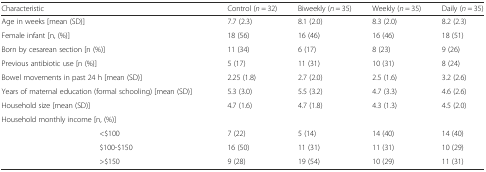
<table><thead><tr><td colspan="2"><b>Characteristic</b></td><td><b>Control (<i>n</i> = 32)</b></td><td><b>Biweekly (<i>n</i> = 35)</b></td><td><b>Weekly (<i>n</i> = 35)</b></td><td><b>Daily (<i>n</i> = 35)</b></td></tr></thead><tbody><tr><td colspan="2">Age in weeks [mean (SD)]</td><td>7.7 (2.3)</td><td>8.1 (2.0)</td><td>8.3 (2.0)</td><td>8.2 (2.3)</td></tr><tr><td colspan="2">Female infant [n, (%)]</td><td>18 (56)</td><td>16 (46)</td><td>16 (46)</td><td>18 (51)</td></tr><tr><td colspan="2">Born by cesarean section [n (%)]</td><td>11 (34)</td><td>6 (17)</td><td>8 (23)</td><td>9 (26)</td></tr><tr><td colspan="2">Previous antibiotic use [n (%)]</td><td>5 (17)</td><td>11 (31)</td><td>10 (31)</td><td>8 (24)</td></tr><tr><td colspan="2">Bowel movements in past 24 h [mean (SD)]</td><td>2.25 (1.8)</td><td>2.7 (2.0)</td><td>2.5 (1.6)</td><td>3.2 (2.6)</td></tr><tr><td colspan="2">Years of maternal education (formal schooling) [mean (SD)]</td><td>5.3 (3.0)</td><td>5.5 (3.2)</td><td>4.7 (3.3)</td><td>4.6 (2.6)</td></tr><tr><td colspan="2">Household size [mean (SD)]</td><td>4.7 (1.6)</td><td>4.7 (1.8)</td><td>4.3 (1.3)</td><td>4.5 (2.0)</td></tr><tr><td colspan="2">Household monthly income [n, (%)]</td><td colspan="4"></td></tr><tr><td></td><td>&lt;$100</td><td>7 (22)</td><td>5 (14)</td><td>14 (40)</td><td>14 (40)</td></tr><tr><td></td><td>$100-$150</td><td>16 (50)</td><td>11 (31)</td><td>11 (31)</td><td>10 (29)</td></tr><tr><td></td><td>&gt;$150</td><td>9 (28)</td><td>19 (54)</td><td>10 (29)</td><td>11 (31)</td></tr></tbody></table>